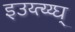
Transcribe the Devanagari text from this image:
इउय्त्य्य्घ्